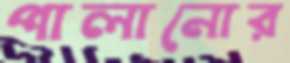
পালানোর